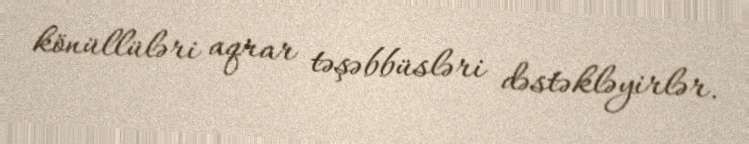
könüllüləri aqrar təşəbbüsləri dəstəkləyirlər.